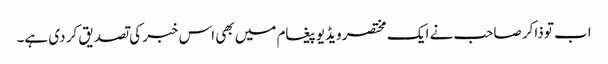
اب تو ذاکر صاحب نے ایک مختصر ویڈیو پیغام میں بھی اس خبر کی تصدیق کر دی ہے۔